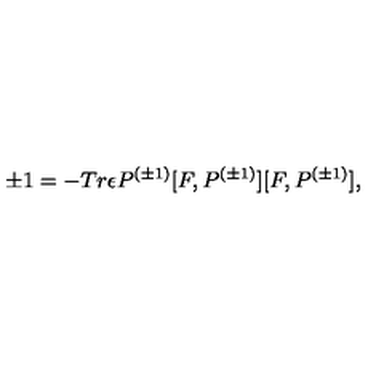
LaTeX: \pm 1 = - T r { \epsilon } P ^ { ( \pm 1 ) } [ F , P ^ { ( \pm 1 ) } ] [ F , P ^ { ( \pm 1 ) } ] ,